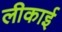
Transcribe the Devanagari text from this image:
लीकाई